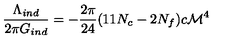
{ \frac { \Lambda _ { i n d } } { 2 \pi G _ { i n d } } } = - { \frac { 2 \pi } { 2 4 } } ( 1 1 N _ { c } - 2 N _ { f } ) c { \cal M } ^ { 4 }